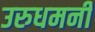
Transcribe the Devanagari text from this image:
उरुधमनी